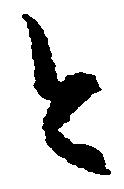
と